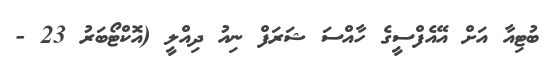
ބުޓިއާ އަށް އޭއެފްސީގެ ހާއްސަ ޝަރަފް ނިއު ދިއްލީ (އޮކްޓޯބަރު 23 -